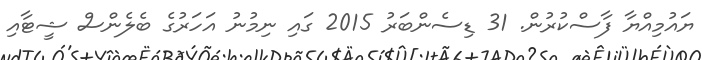
ޔައުމިއްޔާ ފާސްކުރުން. 31 ޑިސެންބަރު 2015 ގައި ނިމުނު އަހަރުގެ ބެލެންސް ޝީޓާއި